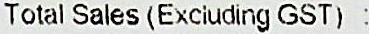
TOTAL SALES (EXCLUDING GST) :